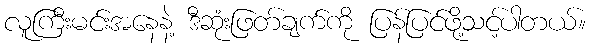
လူကြီးမင်းအနေနဲ့ ဒီဆုံးဖြတ်ချက်ကို ပြန်ပြင်ဖို့သင့်ပါတယ်။